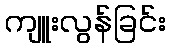
ကျူးလွန်ခြင်း